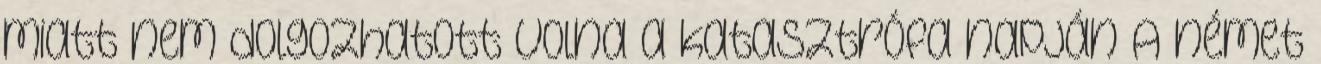
miatt nem dolgozhatott volna a katasztrófa napján A német